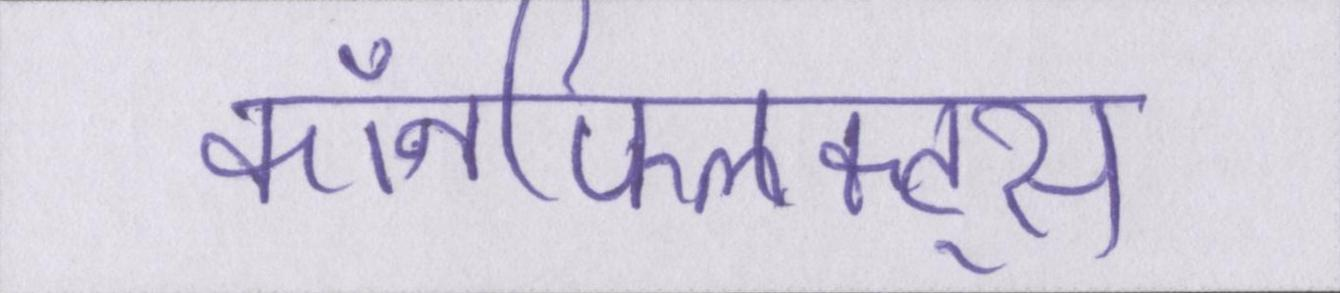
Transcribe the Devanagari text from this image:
कॉनफ्लिक्ट्स